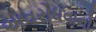
અવરોધવાનો